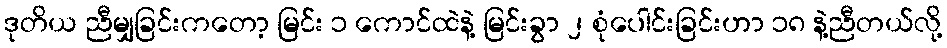
ဒုတိယ ညီမျှခြင်းကတော့ မြင်း ၁ ကောင်ထဲနဲ့ မြင်းခွာ ၂ စုံပေါင်းခြင်းဟာ ၁၈ နဲ့ညီတယ်လို့